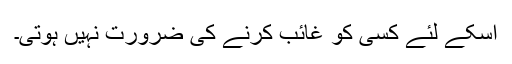
اسکے لئے کسی کو غائب کرنے کی ضرورت نہیں ہوتی۔